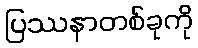
ပြဿနာတစ်ခုကို